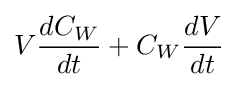
V{\frac {dC_{W}}{dt}}+C_{W}{\frac {dV}{dt}}